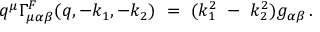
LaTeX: q ^ { \mu } \Gamma _ { \mu \alpha \beta } ^ { F } ( q , - k _ { 1 } , - k _ { 2 } ) \ = \ ( k _ { 1 } ^ { 2 } \ - \ k _ { 2 } ^ { 2 } ) g _ { \alpha \beta } \, .